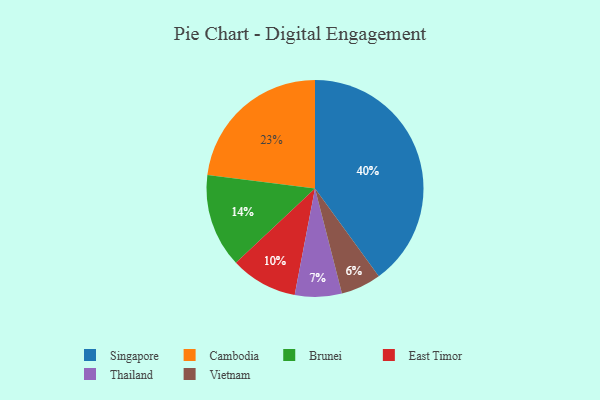
{"axis": {"x": "Category", "y": "Percentage"}, "legend": ["Brunei", "Cambodia", "East Timor", "Singapore", "Thailand", "Vietnam"], "data": [{"x": "Singapore", "y": 40, "type": "Singapore"}, {"x": "East Timor", "y": 10, "type": "East Timor"}, {"x": "Cambodia", "y": 23, "type": "Cambodia"}, {"x": "Vietnam", "y": 6, "type": "Vietnam"}, {"x": "Brunei", "y": 14, "type": "Brunei"}, {"x": "Thailand", "y": 7, "type": "Thailand"}]}